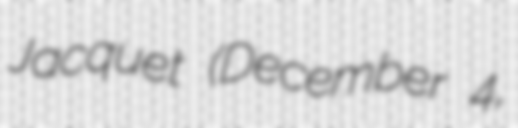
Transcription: Jacquet (December 4,